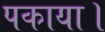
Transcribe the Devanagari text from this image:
पकाया।